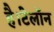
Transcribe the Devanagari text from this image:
है।टेलॉन